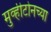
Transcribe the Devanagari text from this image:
मुव्हीटोनच्या